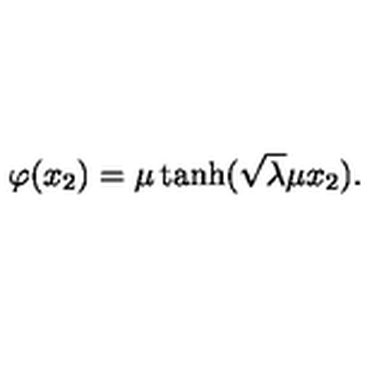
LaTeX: \varphi ( x _ { 2 } ) = \mu \tanh ( \sqrt { \lambda } \mu x _ { 2 } ) .